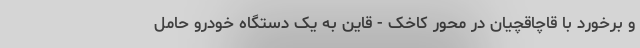
و برخورد با قاچاقچیان در محور کاخک - قاین به یک دستگاه خودرو حامل